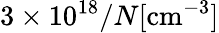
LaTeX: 3\times 10^{18}/N[\mathrm{cm}^{-3}]